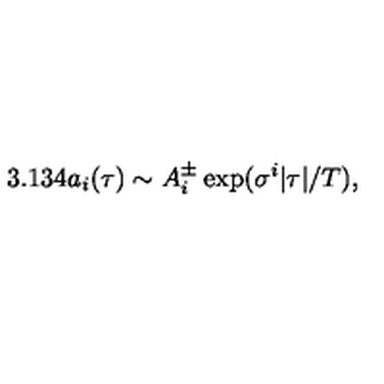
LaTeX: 3 . 1 3 4 { a _ { i } } ( \tau ) \sim A _ { i } ^ { \pm } \exp ( \sigma ^ { i } | \tau | / T ) ,